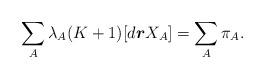
LaTeX: \begin{align*}\sum_{A}\lambda _{A}(K+1)[d\boldsymbol{r}X_{A}]=\sum_{A}\pi _{A}.\end{align*}